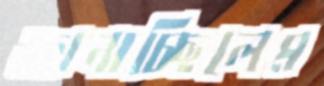
জানাচ্ছিলেম